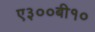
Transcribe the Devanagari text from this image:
ए३००बी१०